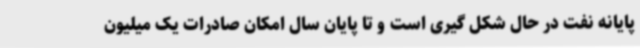
پایانه نفت در حال شکل گیری است و تا پایان سال امکان صادرات یک میلیون